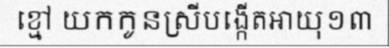
ខ្មៅ យកកូនស្រីបង្កើតអាយុ១៣